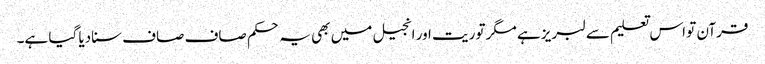
قرآن تو اس تعلیم سے لبریز ہے مگر توریت اور انجیل میں بھی یہ حکم صاف صاف سنادیا گیا ہے۔